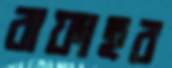
রাফাহর